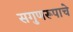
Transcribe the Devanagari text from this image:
सगुणरूपाचे